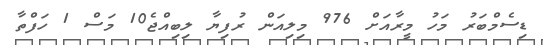
ޑިސެމްބަރު މަހު މީރާއަށް 976 މިލިއަން ރުފިޔާ ލިބިއްޖެ10 މަސް 1 ހަފްތާ